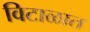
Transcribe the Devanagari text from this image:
विटाळात